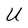
Character: U